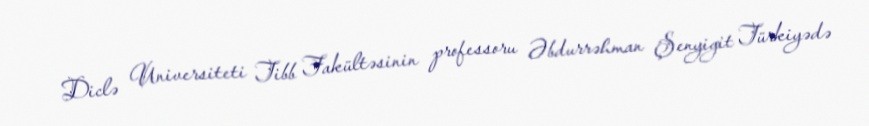
Diclə Universiteti Tibb Fakültəsinin professoru Əbdurrəhman Şenyigit Türkiyədə